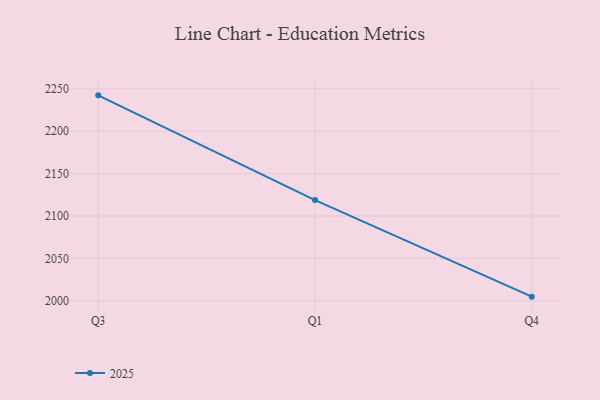
{"axis": {"x": "Quarter", "y": "Inventory Turnover"}, "legend": ["2025"], "data": [{"x": "Q3", "y": 2242.2, "type": "2025"}, {"x": "Q1", "y": 2118.7, "type": "2025"}, {"x": "Q4", "y": 2004.9, "type": "2025"}]}